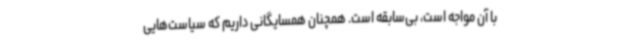
با آن مواجه است، بی‌سابقه است. همچنان همسایگانی داریم که سیاست‌هایی